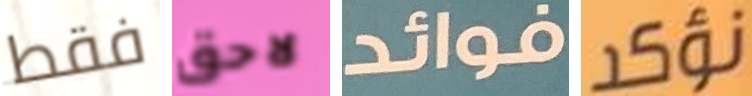
فقط لاحق فوائد نؤكد